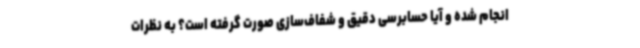
انجام شده و آیا حسابرسی دقیق و شفاف‌سازی صورت گرفته است؟ به نظرات